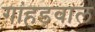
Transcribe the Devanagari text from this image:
गांहड़वाल